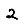
Digit: 2